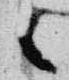
々